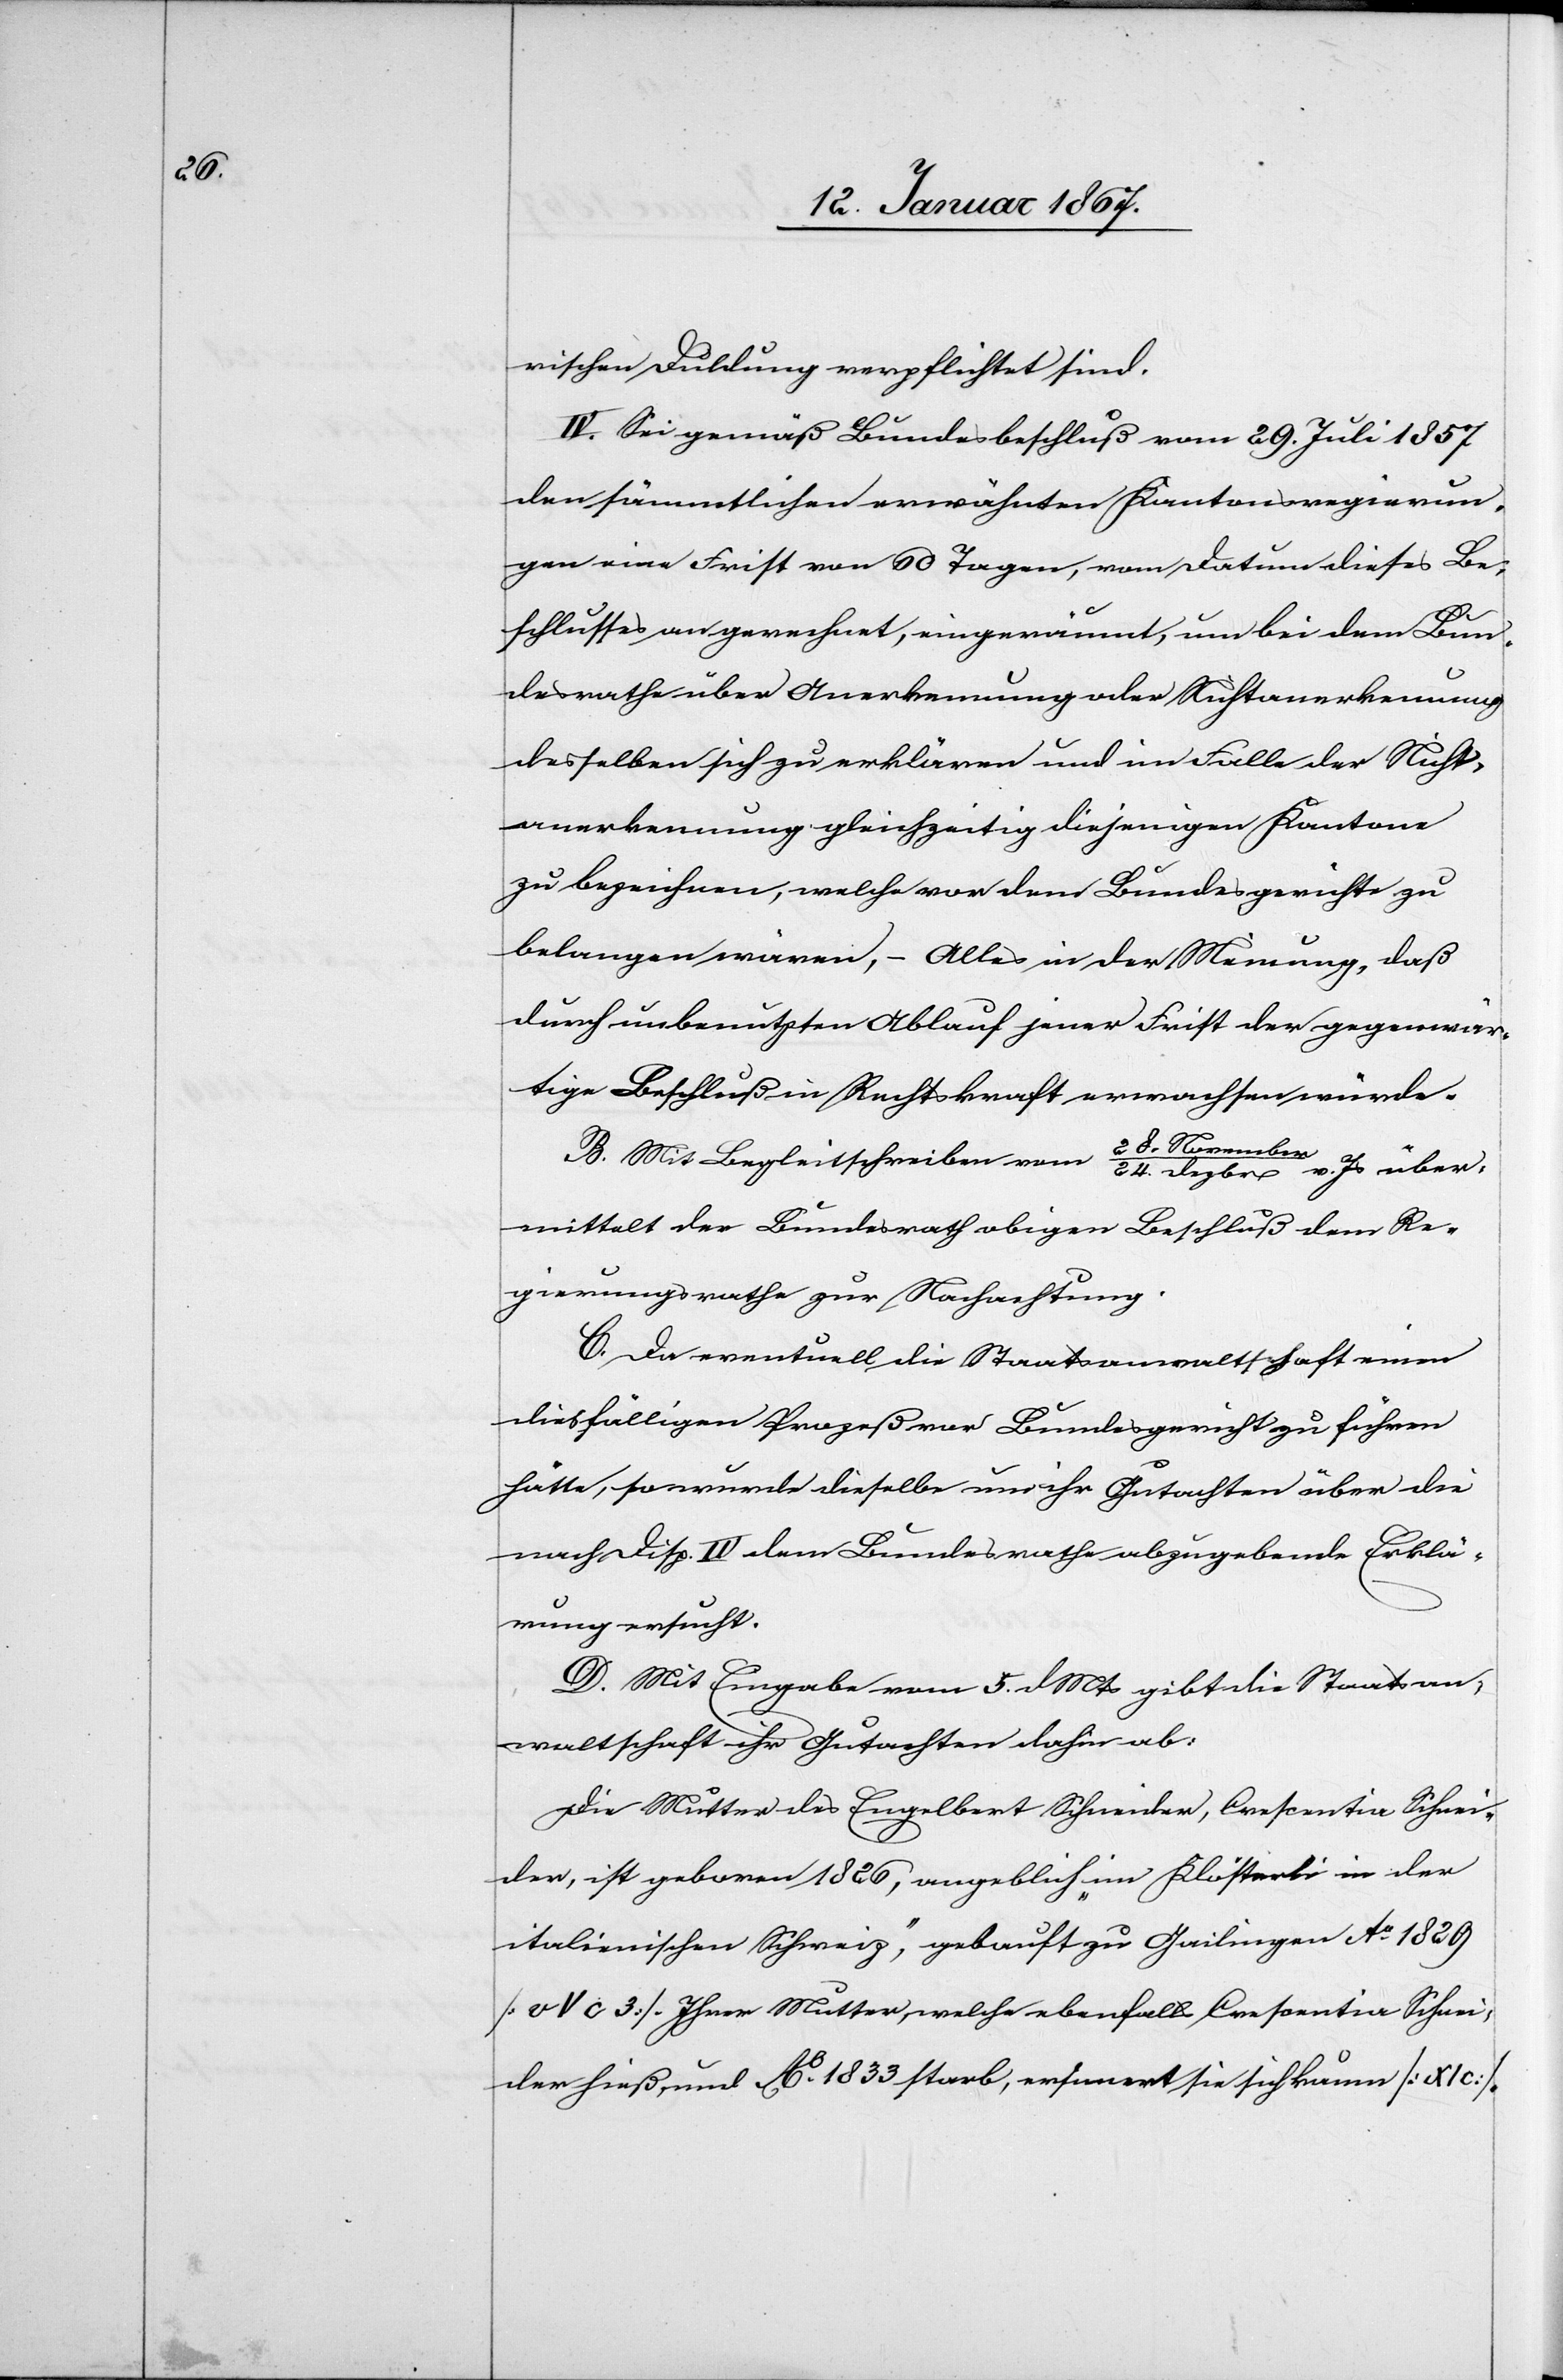
rischen Duldung verpflichtet sind.
IV. Sei gemäß Bundesbeschluß vom 29. Juli 1857
den sämmtlichen erwähnten Kantonsregierun¬
gen eine Frist von 60 Tagen, vom Datum dieses Be¬
schlusses an gerechnet, eingeräumt, um bei dem Bun¬
desrathe über Anerkennung oder Nichtanerkennung
desselben sich zu erklären und im Falle der Nicht¬
anerkennung gleichzeitig diejenigen Kantone
zu bezeichnen, welche von dem Bundesgerichte zu
belangen wären, – Alles in der Meinung, daß
durch unbenutzten Ablauf jener Frist der gegenwär¬
tige Beschluß in Rechtskraft erwachsen würde.
28.Novembe¬
B. Mit Begleischreiben vom
r/24.Dezbr v. Js über¬
mittelt der Bundesrath obigen Beschluß dem Re¬
gierungsrathe zur Nachachtung.
C. Da eventuell die Staatsanwaltschaft einen
diesfälligen Prozeß vor Bundesgericht zu führen
hätte, so wurde dieselbe um ihr Gutachten über die
nach Disp. IV. dem Bundesrathe abzugebende Erklä¬
rung ersucht.
D. Mit Eingabe vom 5. d Mts gibt die Staatsan¬
waltschaft ihr Gutachten dahin ab:
Die Mutter des Engelbert Schneider, Crescentia [sic!] Schnei¬
der, ist geboren 1826, angeblich „im Klösterli in der
italienischen Schweiz‟, getauft zu Gailingen Ao 1829
[v V c 3]. Ihrer Mutter welche ebenfalls Crescentia Schnei¬
der hieß und Ao. 1833 starb, ersinnert [sic!] sie sich kaum [XI c].